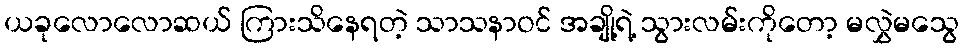
ယခုလောလောဆယ် ကြားသိနေရတဲ့ သာသနာဝင် အချို့ရဲ့ သွားလမ်းကိုတော့ မလွှဲမသွေ